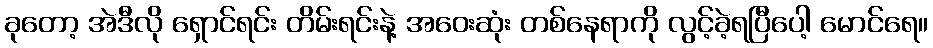
ခုတော့ အဲဒီလို ရှောင်ရင်း တိမ်းရင်းနဲ့ အဝေးဆုံး တစ်နေရာကို လွင့်ခဲ့ရပြီပေါ့ မောင်ရေ။